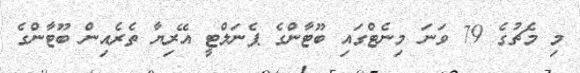
މި މެޗުގެ 79 ވަނަ މިނެޓްގައި ބޫޓާންގެ ޕެނަލްޓީ އޭރިޔާ ތެރެއިން ބޫޓާންގެ